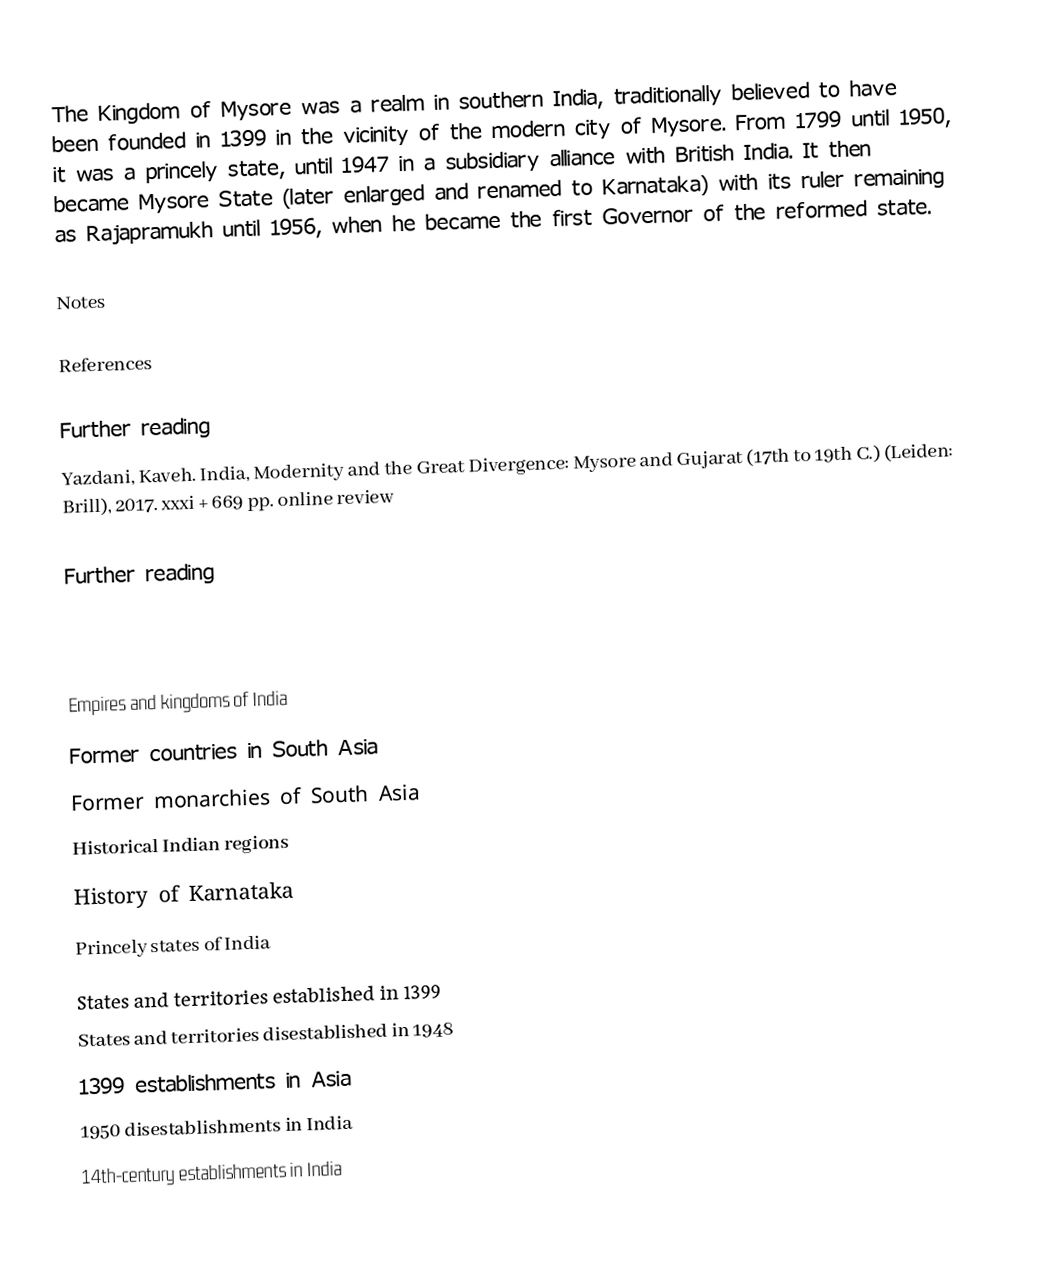
The Kingdom of Mysore  was a realm in southern India, traditionally believed to have been founded in 1399 in the vicinity of the modern city of Mysore. From 1799 until 1950, it was a princely state, until 1947 in a subsidiary alliance with British India. It then became Mysore State (later enlarged and renamed to Karnataka) with its ruler remaining as Rajapramukh until 1956, when he became the first Governor of the reformed state.

Notes

References

Further reading
 Yazdani, Kaveh. India, Modernity and the Great Divergence: Mysore and Gujarat (17th to 19th C.) (Leiden: Brill), 2017. xxxi + 669 pp.  online review

Further reading

Empires and kingdoms of India
Former countries in South Asia
Former monarchies of South Asia
Historical Indian regions
History of Karnataka
Princely states of India
States and territories established in 1399
States and territories disestablished in 1948
1399 establishments in Asia
1950 disestablishments in India
14th-century establishments in India